Civil Veterinary Dept. North-West Frontier Province 1933-46 - 1933-1946
Year: 1933
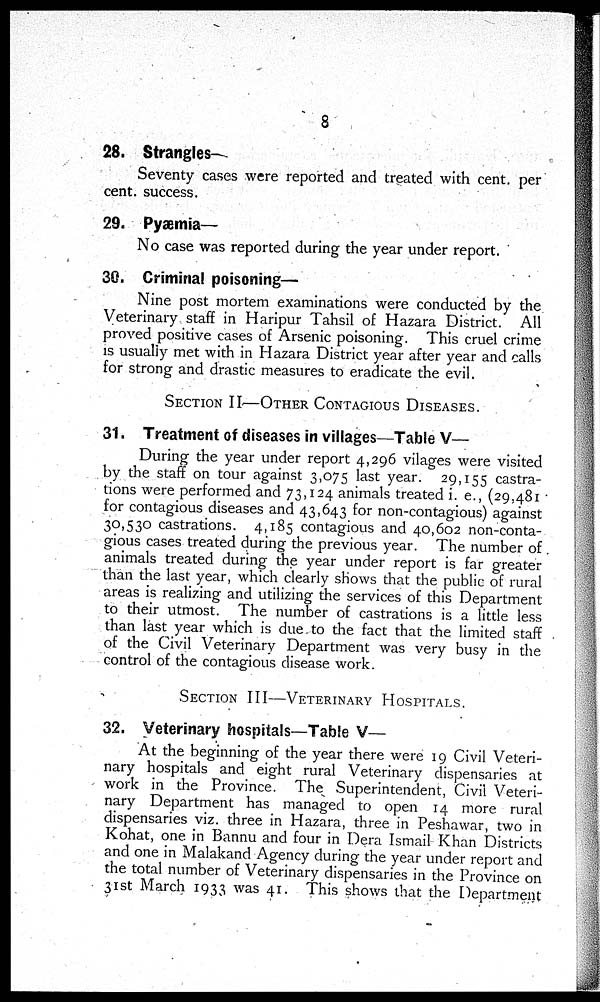
8
28. Strangles-
Seventy cases were reported and treated with cent. per
cent. success.
29. Pyæmia—
No case was reported during the year under report.
30. Criminal poisoning—
Nine post mortem examinations were conducted by the
Veterinary staff in Haripur Tahsil of Hazara District. All
proved positive cases of Arsenic poisoning. This cruel crime
is usually met with in Hazara District year after year and calls
for strong and drastic measures to eradicate the evil.
SECTION II—OTHER CONTAGIOUS DISEASES.
31. Treatment of diseases in villages—Table V—
During the year under report 4,296 vilages were visited
by the staff on tour against 3,075 last year. 29,155 castra-
tions were performed and 73,124 animals treated i. e., (29,481
for contagious diseases and 43,643 for non-contagious) against
30,530 castrations. 4,185 contagious and 40,602 non-conta-
gious cases treated during the previous year. The number of
animals treated during the year under report is far greater
than the last year, which clearly shows that the public of rural
areas is realizing and utilizing the services of this Department
to their utmost. The number of castrations is a little less
than last year which is due to the fact that the limited staff
of the Civil Veterinary Department was very busy in the
control of the contagious disease work.
SECTION III—VETERINARY HOSPITALS.
32. Veterinary hospitals—Table V—
At the beginning of the year there were 19 Civil Veteri-
nary hospitals and eight rural Veterinary dispensaries at
work in the Province. The Superintendent, Civil Veteri-
nary Department has managed to open 14 more rural
dispensaries viz. three in Hazara, three in Peshawar, two in
Kohat, one in Bannu and four in Dera Ismail Khan Districts
and one in Malakand Agency during the year under report and
the total number of Veterinary dispensaries in the Province on
31st March 1933 was 41. This shows that the Department